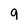
Character: 9